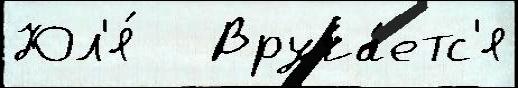
Юл'я́   Вруча́етс'я